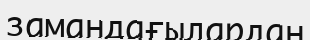
замандағылардан